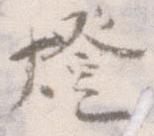
燈